Document type: Inventory
Year: 1295
Scribe: Pere Marc
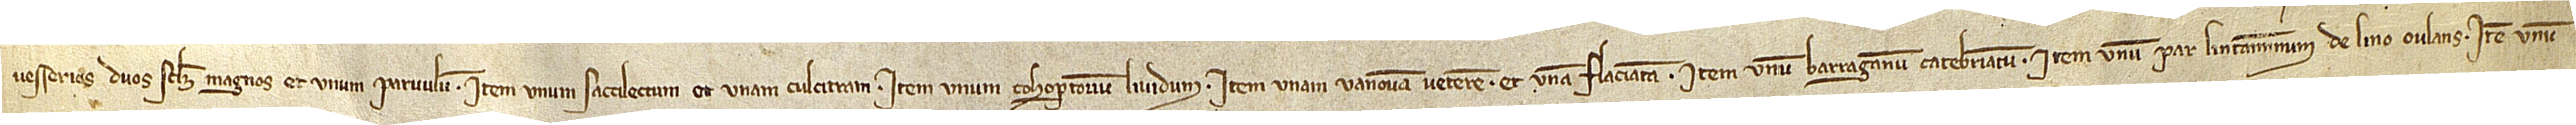
vesserios, duos scilicet magnos et unum parvulum; item, unum sacalectum et unam culcitram; item, unum cohopertorium lividum; item, unam vanovam veterem et unam flaciatam; item, unum barraganum catebriatum; item, unum par linteaminum de lino oulans; item, unum